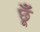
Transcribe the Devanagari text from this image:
छूँ